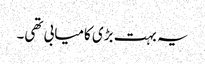
یہ بہت بڑی کامیابی تھی۔